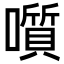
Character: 𡂒